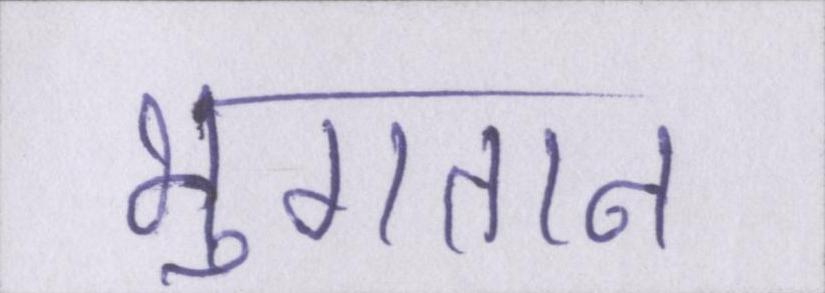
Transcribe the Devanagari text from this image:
भुगतान